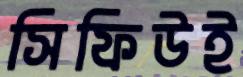
সিফিউই